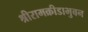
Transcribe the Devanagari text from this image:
श्रीरामक्रीडाभुवन